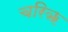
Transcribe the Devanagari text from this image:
चरिॠ